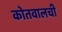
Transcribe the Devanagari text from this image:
कोतवालची